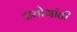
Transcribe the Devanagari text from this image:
प्रयोगांती